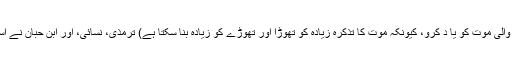
ایک حدیث میں ہے کہ : (لذتوں کو توڑ دینے والی موت کو یا د کرو، کیونکہ موت کا تذکرہ زیادہ کو تھوڑا اور تھوڑے کو زیادہ بنا سکتا ہے) ترمذی، نسائی، اور ابن حبان نے اسے ابو ہریرہ رضی اللہ عنہ سے بیان کیا ہے۔